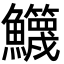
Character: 𩽣